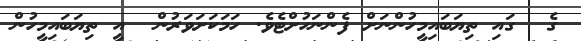
ގެ  ގައި ތިޔަބައިމީހުންނަށް ފެންނަހުށްޓެވެ. ހަމަކަށަވަރުން  އީ ތިޔަބައިމީހުން